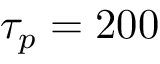
\tau _ { p } = 2 0 0